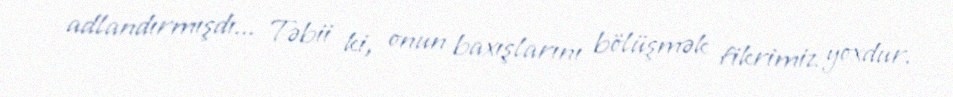
adlandırmışdı... Təbii ki, onun baxışlarını bölüşmək fikrimiz yoxdur.